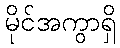
မိုင်အကွာရှိ